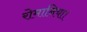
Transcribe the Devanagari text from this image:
रोमानिया।